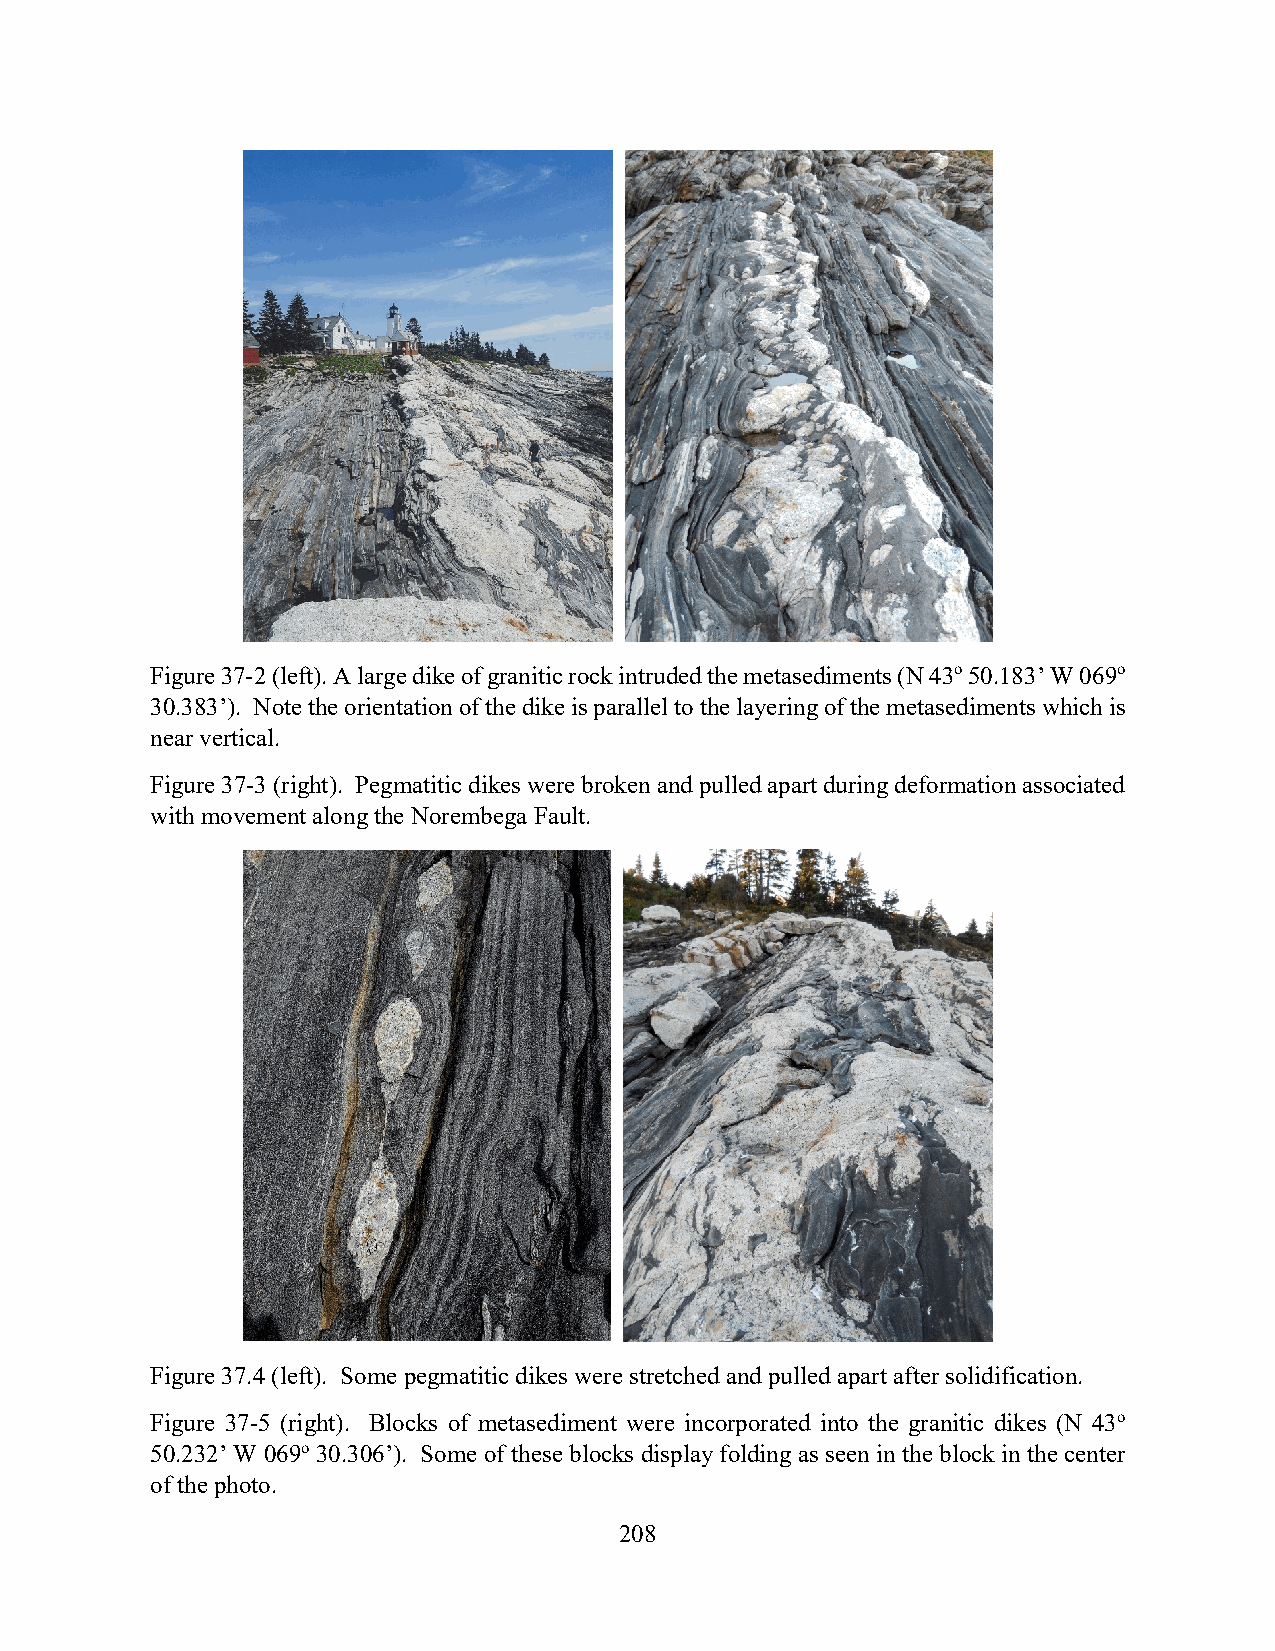
Figure 37-2 (left). A large dike of granitic rock intruded the metasediments (N 43o 50.183’ W 069o
 30.383’). Note the orientation of the dike is parallel to the layering of the metasediments which is
 near vertical.
 Figure 37-3 (right). Pegmatitic dikes were broken and pulled apart during deformation associated
 with movement along the Norembega Fault.
 Figure 37.4 (left). Some pegmatitic dikes were stretched and pulled apart after solidification.
 Figure 37-5 (right). Blocks of metasediment were incorporated into the granitic dikes (N 43o
 50.232’ W 069o 30.306’). Some of these blocks display folding as seen in the block in the center
 of the photo.
 208